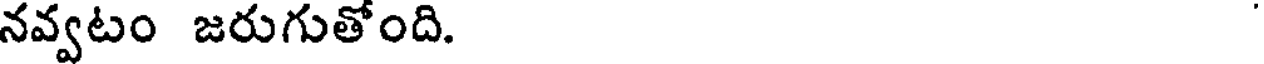
నవ్వటం జరుగుతోంది.